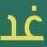
غد